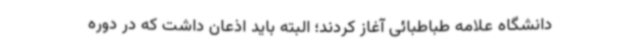
دانشگاه علامه طباطبائی آغاز کردند؛ البته باید اذعان داشت که در دوره